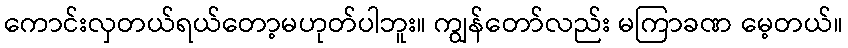
ကောင်းလှတယ်ရယ်တော့မဟုတ်ပါဘူး။ ကျွန်တော်လည်း မကြာခဏ မေ့တယ်။